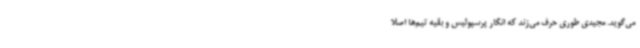
می‌گوید. مجیدی طوری حرف می‌زند که انگار پرسپولیس و بقیه تیم‌ها اصلا